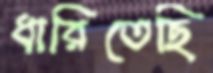
ধারিতেছি